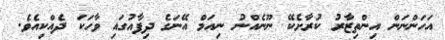
އަހަންނަން އިންތިޒާރު ކުރާށެކޭ ނޫނެއްނު ނިއަމް އޭނަގެ ދިފާއުގައި ވާހަކަ ދެއްކިއެވެ.